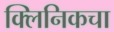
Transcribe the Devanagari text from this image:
क्लिनिकचा